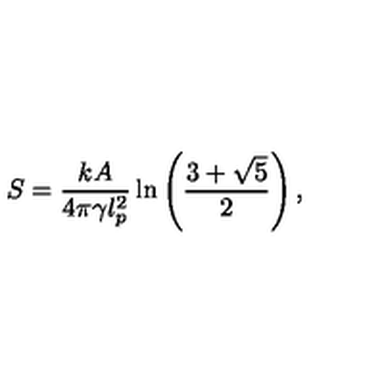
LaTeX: S = \frac { k A } { 4 \pi \gamma l _ { p } ^ { 2 } } \ln \left( \frac { 3 + \sqrt { 5 } } { 2 } \right) ,